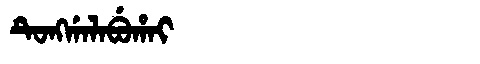
Manchu: ᡨᡠᠩᡤᠠᠯᠠᠪᡠᡥᠠᡳ
Romanization: TUNGGALABUHAI